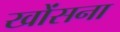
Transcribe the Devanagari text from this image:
खोंसना